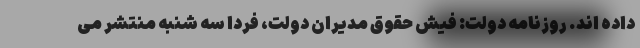
داده اند. روزنامه دولت: فیش حقوق مدیران دولت، فردا سه شنبه منتشر می